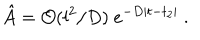
{ \hat { A } } = { \cal O } ( l ^ { 2 } / D ) ~ e ^ { - D | t - t _ { 2 } | } ~ .